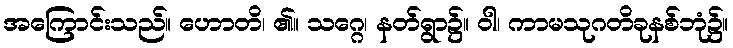
အကြောင်းသည်။ ဟောတိ၊ ၏။ သဂ္ဂေ၊ နတ်ရွာ၌။ ဝါ၊ ကာမသုဂတိခုနစ်ဘုံ၌။